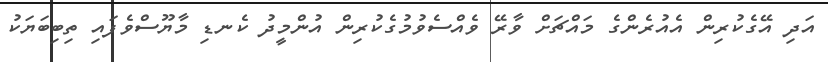
އަދި އޭގެކުރިން އެއުރެންގެ މައްޗަށް ވާރޭ ވެއްސެވުމުގެކުރިން އުންމީދު ކެނޑި މާޔޫސްވެފައި ތިބިބަޔަކު